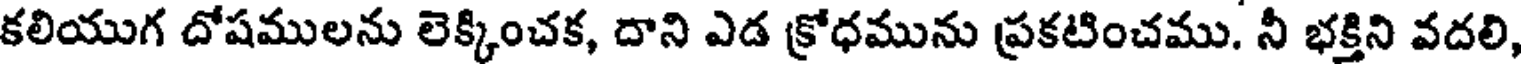
కలియుగ దోషములను లెక్కించక, దాని ఎడ క్రోధమును ప్రకటించము. నీ భక్తిని వదలి,